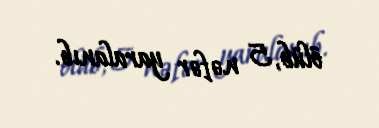
ölüb, 5 nəfər yaralanıb.